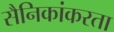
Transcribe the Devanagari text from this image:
सैनिकांकरता